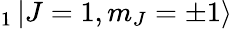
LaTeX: _1\mathinner{|{J=1,m_{J}=\pm 1}\rangle}